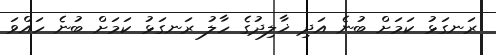
ރަނގަޅު ކަމަށް ބުނެ އަދި ޚާލިދުގެ ހާލު ރަނގަޅު ކަމަށް ބުނެ ހައްވަ